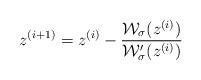
LaTeX: \begin{align*}z^{(i+1)}=z^{(i)}-\frac{\mathcal{W}_\sigma(z^{(i)})}{\mathcal{W}_\sigma^{\prime}(z^{(i)})} \end{align*}